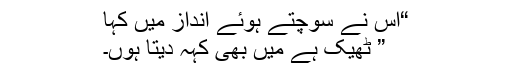
“اس نے سوچتے ہوئے انداز میں کہا
” ٹھیک ہے میں بھی کہہ دیتا ہوں۔